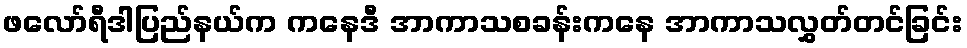
ဖလော်ရီဒါပြည်နယ်က ကနေဒီ အာကာသစခန်းကနေ အာကာသလွှတ်တင်ခြင်း